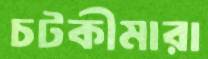
চটকীমারা